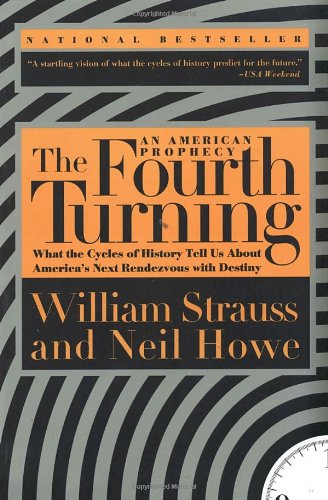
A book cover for The Fourth Turning: An American Prophecy - What the Cycles of History Tell Us About America's Next Rendezvous with Destiny; William Strauss; Science & Math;